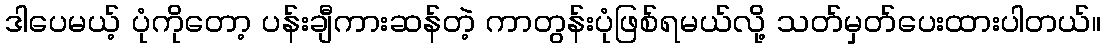
ဒါပေမယ့် ပုံကိုတော့ ပန်းချီကားဆန်တဲ့ ကာတွန်းပုံဖြစ်ရမယ်လို့ သတ်မှတ်ပေးထားပါတယ်။